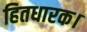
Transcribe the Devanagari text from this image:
हितधारक।